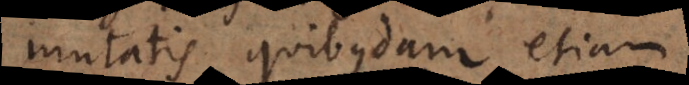
mutatis quibusdam etiam